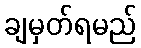
ချမှတ်ရမည်